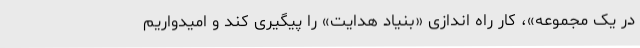
در یک مجموعه»، کار راه اندازی «بنیاد هدایت» را پیگیری کند و امیدواریم